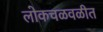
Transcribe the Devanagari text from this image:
लोकचळवळीत